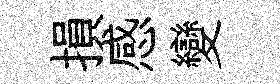
損感變